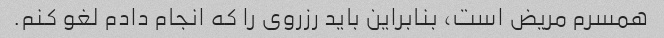
همسرم مریض است، بنابراین باید رزروی را که انجام دادم لغو کنم.